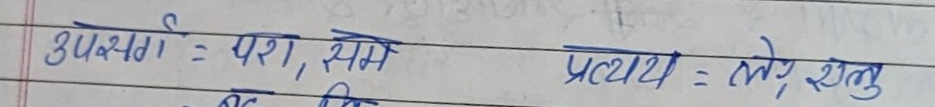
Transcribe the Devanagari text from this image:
उपसर्ग : परा, सम
प्रत्यय : ल्यप्, क्त्व